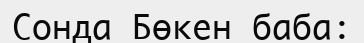
Сонда Бөкен баба: